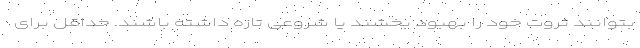
بتوانند ثروت خود را بهبود بخشند یا شروعی تازه داشته باشند. حداقل برای